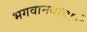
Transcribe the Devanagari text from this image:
भगवानबाबाचे